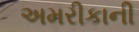
અમરીકાની